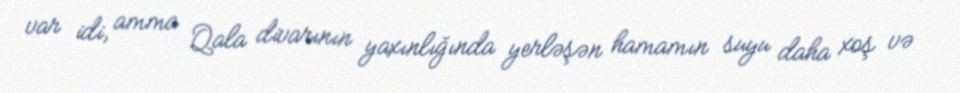
var idi, amma Qala divarının yaxınlığında yerləşən hamamın suyu daha xoş və